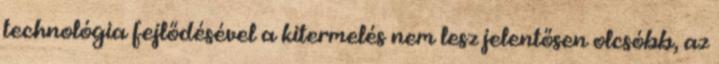
technológia fejlődésével a kitermelés nem lesz jelentősen olcsóbb, az